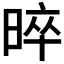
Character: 𭧩